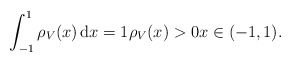
\begin{align*} \int^{1}_{-1}\rho_V(x)\, \mathrm dx=1 \rho_V(x)>0 x\in(-1,1). \end{align*}